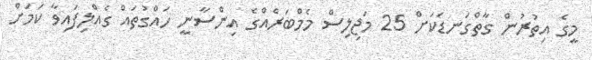
މީގެ އިތުރުން ގާތްގަނޑަކަށް 25 މަޖިލިސް މެމްބަރެއްގެ އިންސާނީ ހައްގުތައް ގެއްލިފައިވާ ކަމަށް